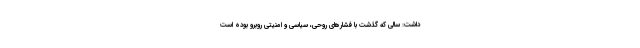
داشت: سالی که گذشت با فشارهای روحی، سیاسی و امنیتی روبرو بوده است